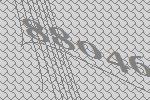
88046